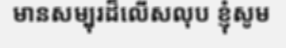
មានសម្បុរដ៏លើសលុប ខ្ញុំសូម